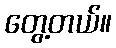
တွေ့တယ်။